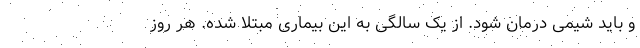
و باید شیمی درمان شود. از یک سالگی به این بیماری مبتلا شده. هر روز